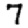
Digit: 7